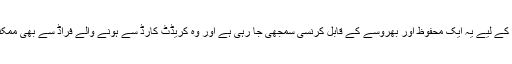
یہی وجہ ہے کہ مرچنٹ کے لیے یہ ایک محفوظ اور بھروسے کے قابل کرنسی سمجھی جا رہی ہے اور وہ کریڈٹ کارڈ سے ہونے والے فراڈ سے بھی ممکنہ حد تک بچ سکتے ہیں۔